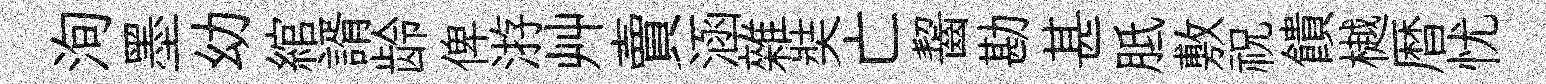
洵墨幼綰諝龄俾㳺艸賣涵雜奘亡齧勘甚胝敷祝饋樾暦忧